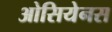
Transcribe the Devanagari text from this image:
ओसियेनस